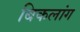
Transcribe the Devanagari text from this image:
बिकलांग